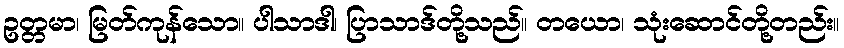
ဥတ္တမာ၊ မြတ်ကုန်သော။ ပါသာဒါ၊ ပြာသာဒ်တို့သည်။ တယော၊ သုံးဆောင်တို့တည်း။